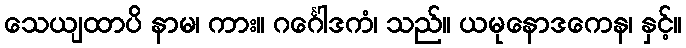
သေယျထာပိ နာမ၊ ကား။ ဂင်္ဂေါဒကံ၊ သည်။ ယမုနောဒကေန၊ နှင့်။